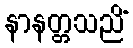
နာနတ္တသညိံ